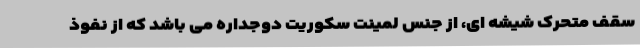
سقف متحرک شیشه ای، از جنس لمینت سکوریت دوجداره می باشد که از نفوذ